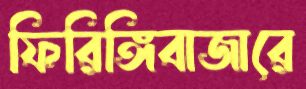
ফিরিঙ্গিবাজারে